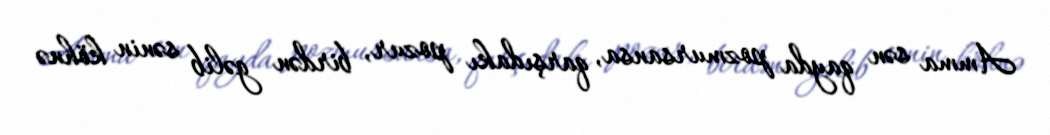
Amma sən qayda pozmursansa, qarşıdakı pozur, birdən gəlib sənin köhnə